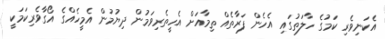
އެކަނިވެރި ކަމުގެ ހާލަތުގައި އެހެން ފަރާތެއް ތިމާއަށް އެހީތެރިވަމުން ދިޔުމުން އެމީހެއްގެ އޯގާވެރިކަމަކީ